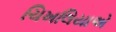
ચિખલિયાએ